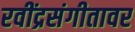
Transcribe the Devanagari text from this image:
रवींद्रसंगीतावर